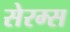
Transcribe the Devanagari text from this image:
सेरम्स